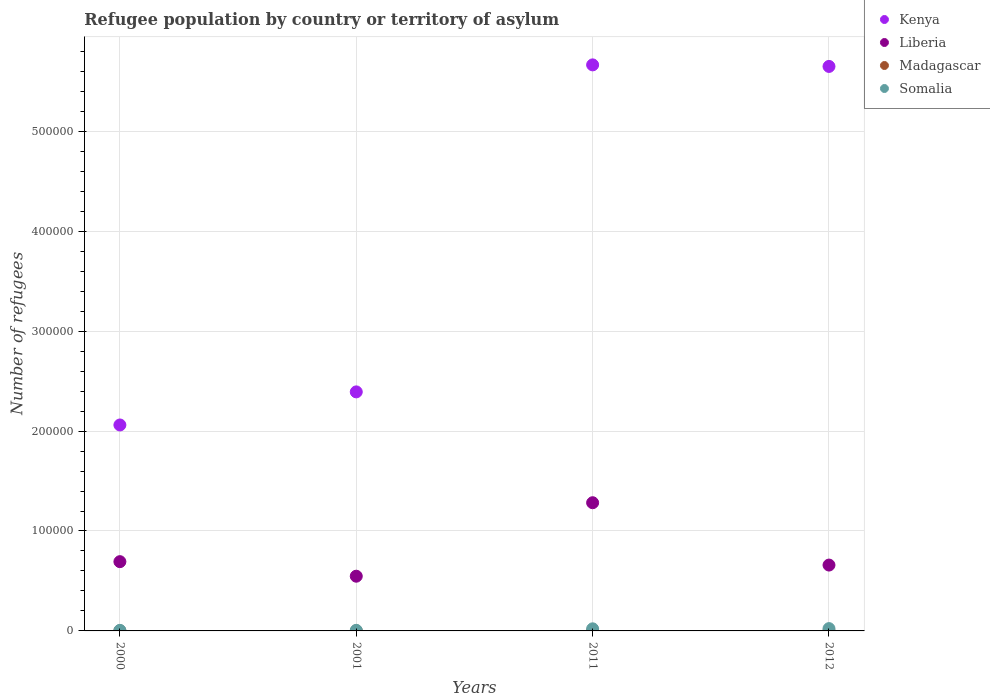
| Years | Kenya | Liberia | Madagascar | Somalia |
 | --- | --- | --- | --- | --- |
 | 2000 | 2.06e+05 | 6.93e+04 | 50 | 558 |
 | 2001 | 2.39e+05 | 5.48e+04 | 34 | 589 |
 | 2011 | 5.66e+05 | 1.28e+05 | 9 | 2.1e+03 |
 | 2012 | 5.65e+05 | 6.59e+04 | 9 | 2.31e+03 |